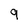
Character: 9